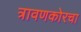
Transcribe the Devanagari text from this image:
त्रावणकोरचा